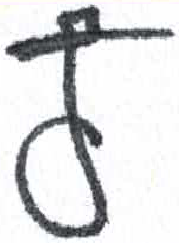
אות: ץ